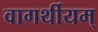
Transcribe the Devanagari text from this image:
वागर्थीयम्